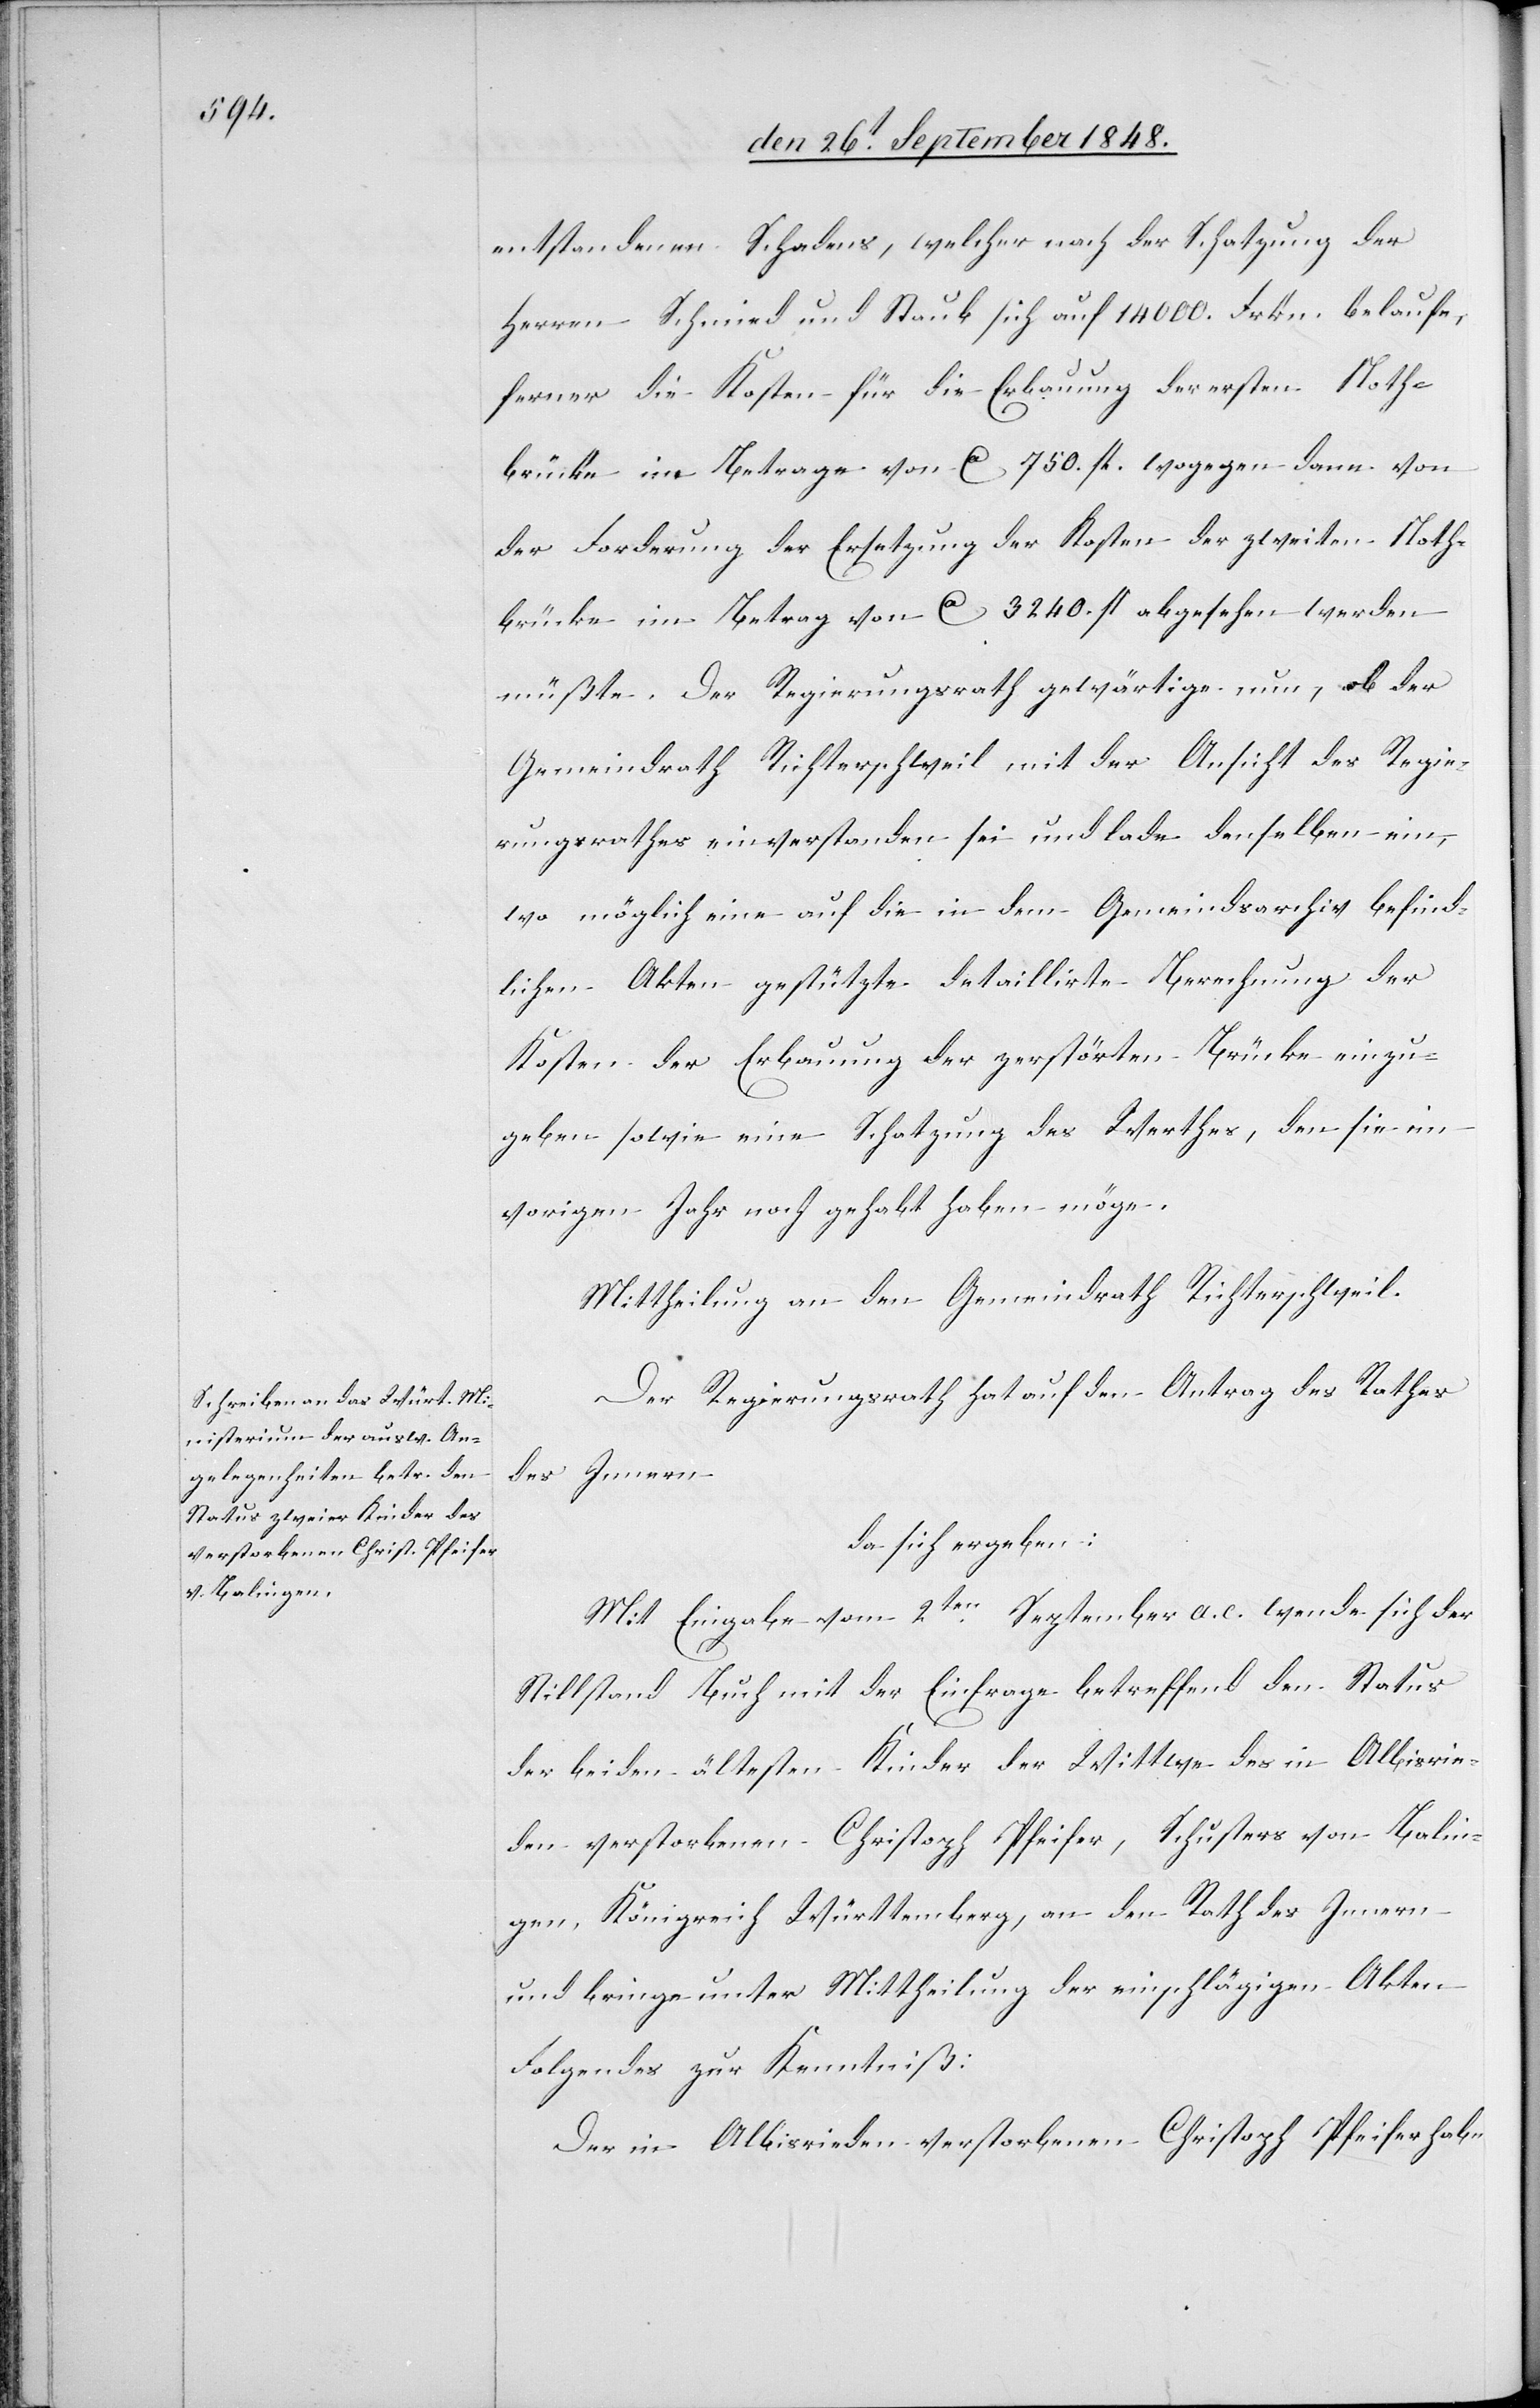
entstandenen Schadens, welcher nach der Schatzung der
Herren Schmied und Staub sich auf 14000. Frkn. belaufe,
ferner die Kosten für die Erbauung der ersten Noth¬
brücke im Betrage von ca. 750. fl. wogegen dann von
der Forderung der Ersetzung der Kosten der zweiten Noth¬
brücke im Betrage von ca. 3240. fl. abgesehen werden
müßte. Der Regierungsrath gewärtige nun, ob der
Gemeindrath Richterschweil mit der Ansicht des Regie¬
rungsrathes einverstanden sei und lade denselben ein,
wo möglich eine auf die in dem Gemeindsarchiv befind¬
liche Akten gestützte detaillirte Berechnung der
Kosten der Erbauung der zerstörten Brücke einzu¬
geben sowie eine Schatzung des Werthes, den sie im
vorigen Jahr noch gehabt haben möge.
Mittheilung an den Gemeindrath Richterschweil.
Der Regierungsrath hat auf den Antrag des Rathes
des Innern
Mit Eingabe vom 2ten September a. c. wende sich der
Stillstand Buch mit der Einfrage betreffend den Status
der beiden ältesten Kinder der Wittwe des in Albisrie¬
den verstorbenen Christoph Pfeifer, Schusters von Balin¬
gen, Königreich Württemberg, an den Rath des Innern
und bringe unter Mittheilung der einschlägigen Akten
Folgendes zur Kenntniß:
Der in Albisrieden verstorbenen Christoph Pfeifer habe